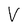
Character: V